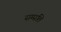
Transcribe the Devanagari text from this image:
सम्‍प्रति